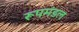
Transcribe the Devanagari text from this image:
रूपमंडल